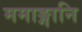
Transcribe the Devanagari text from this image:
ममाङ्गानि